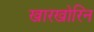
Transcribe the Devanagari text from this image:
खारखोरिन